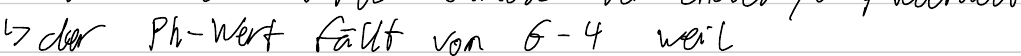
-> der Ph-Wert fällt von 6 - 4 weil